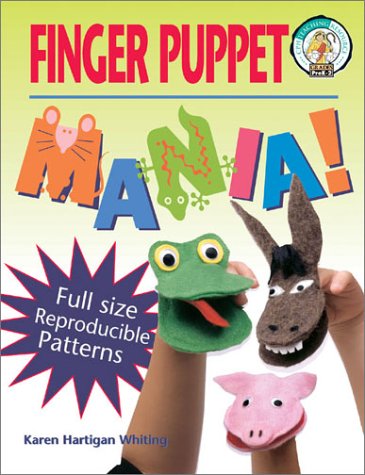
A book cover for Finger Puppet Mania: 64 Pages Includes Patterns to Create 19 Unique Finger Puppets Sample Scripts and Pantomimes Directions for Building Si; Karen H. Whiting; Crafts, Hobbies & Home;